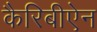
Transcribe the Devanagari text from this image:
कैरिबीऐन